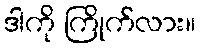
ဒါကို ကြိုက်လား။